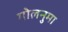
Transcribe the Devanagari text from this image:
गोलनुमा